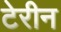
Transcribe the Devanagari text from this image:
टेरीन